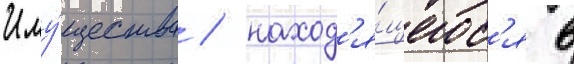
Иму́щества / наход'я́щегос'я в